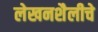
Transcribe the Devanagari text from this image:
लेखनशैलीचे